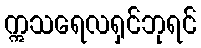
ဣသရေလရှင်ဘုရင်